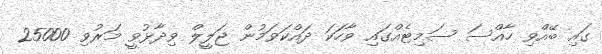
ގައި ބޭއްވި ހާއްސަ ސަމިޓެއްގައި ވާހަކަ ދައްކަވަމުން ޖަލީލް ވިދާޅުވީ މަރުވި 25000